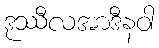
ဒုဿီလအာဒီနဝါ